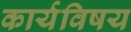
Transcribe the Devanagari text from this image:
कार्यविषय